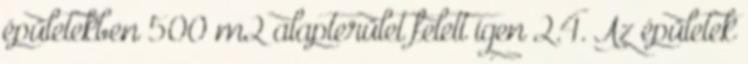
épületekben 500 m2 alapterület felett igen 2.4. Az épületek